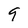
Character: 9